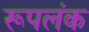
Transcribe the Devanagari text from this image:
रूपलंक